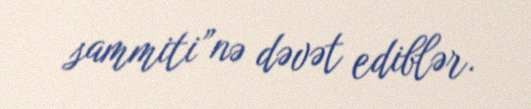
sammiti”nə dəvət ediblər.